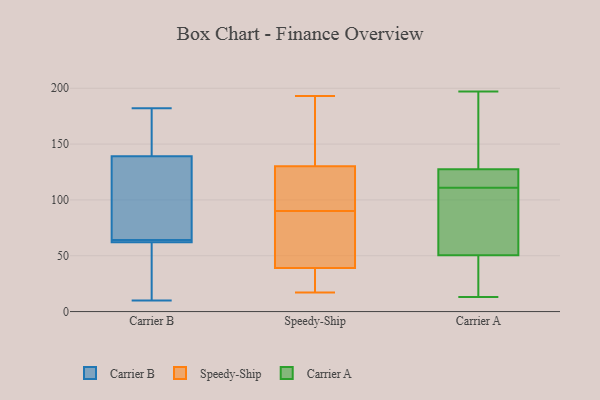
{"axis": {"x": "Bounce Rate (%)", "y": "Value"}, "legend": ["Carrier A", "Carrier B", "Speedy-Ship"], "data": [{"x": "", "y": 59, "type": "Carrier B"}, {"x": "", "y": 176, "type": "Carrier B"}, {"x": "", "y": 63, "type": "Carrier B"}, {"x": "", "y": 48, "type": "Carrier B"}, {"x": "", "y": 139, "type": "Carrier B"}, {"x": "", "y": 131, "type": "Carrier B"}, {"x": "", "y": 10, "type": "Carrier B"}, {"x": "", "y": 64, "type": "Carrier B"}, {"x": "", "y": 64, "type": "Carrier B"}, {"x": "", "y": 182, "type": "Carrier B"}, {"x": "", "y": 139, "type": "Carrier B"}, {"x": "", "y": 137, "type": "Carrier B"}, {"x": "", "y": 64, "type": "Carrier B"}, {"x": "", "y": 191, "type": "Speedy-Ship"}, {"x": "", "y": 29, "type": "Speedy-Ship"}, {"x": "", "y": 18, "type": "Speedy-Ship"}, {"x": "", "y": 193, "type": "Speedy-Ship"}, {"x": "", "y": 77, "type": "Speedy-Ship"}, {"x": "", "y": 17, "type": "Speedy-Ship"}, {"x": "", "y": 50, "type": "Speedy-Ship"}, {"x": "", "y": 38, "type": "Speedy-Ship"}, {"x": "", "y": 105, "type": "Speedy-Ship"}, {"x": "", "y": 133, "type": "Speedy-Ship"}, {"x": "", "y": 42, "type": "Speedy-Ship"}, {"x": "", "y": 24, "type": "Speedy-Ship"}, {"x": "", "y": 178, "type": "Speedy-Ship"}, {"x": "", "y": 158, "type": "Speedy-Ship"}, {"x": "", "y": 122, "type": "Speedy-Ship"}, {"x": "", "y": 106, "type": "Speedy-Ship"}, {"x": "", "y": 106, "type": "Speedy-Ship"}, {"x": "", "y": 72, "type": "Speedy-Ship"}, {"x": "", "y": 90, "type": "Speedy-Ship"}, {"x": "", "y": 63, "type": "Carrier A"}, {"x": "", "y": 137, "type": "Carrier A"}, {"x": "", "y": 197, "type": "Carrier A"}, {"x": "", "y": 115, "type": "Carrier A"}, {"x": "", "y": 171, "type": "Carrier A"}, {"x": "", "y": 118, "type": "Carrier A"}, {"x": "", "y": 105, "type": "Carrier A"}, {"x": "", "y": 107, "type": "Carrier A"}, {"x": "", "y": 34, "type": "Carrier A"}, {"x": "", "y": 38, "type": "Carrier A"}, {"x": "", "y": 13, "type": "Carrier A"}, {"x": "", "y": 115, "type": "Carrier A"}]}